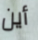
أين